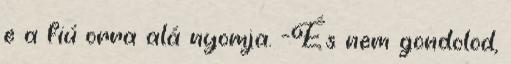
e a fiú orra alá nyomja. -És nem gondolod,